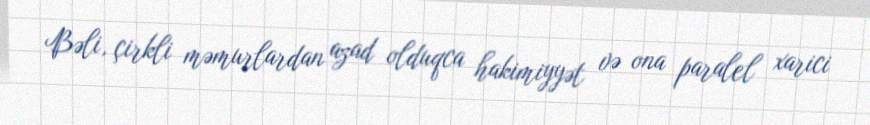
Bəli, çirkli məmurlardan azad olduqca hakimiyyət və ona paralel xarici